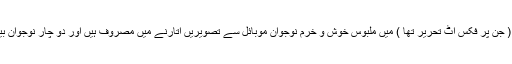
سرسری طور پر نظر دوڑائی تو دیکھا کہ کالی ٹی شرٹس ( جن پر فکس اٹ تحریر تھا ) میں ملبوس خوش و خرم نوجوان موبائل سے تصویریں اتارنے میں مصروف ہیں اور دو چار نوجوان بیلچے اٹھائے، سڑک کے گڑھے بھرنے میں مصروف ہیں۔